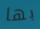
بها